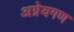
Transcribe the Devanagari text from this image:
अग्रेयगण